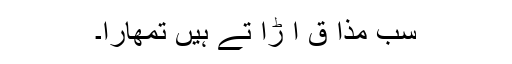
سب مذا ق اُ ڑا تے ہیں تمھارا۔